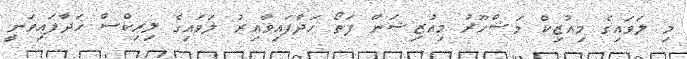
މި ލަވައިގެ މިއުޒިކް މަޝްހޫރު މިއުޒިޝަން ފަތޯ ހަދާފައިވާއިރު ލަވައިގެ ލިރިކްސް ހަދާފައިވަނީ